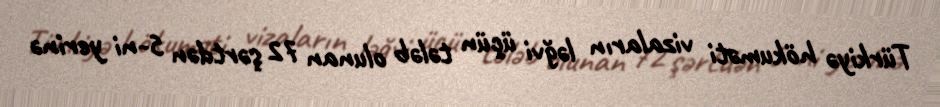
Türkiyə hökuməti vizaların ləğvi üçün tələb olunan 72 şərtdən 5-ni yerinə